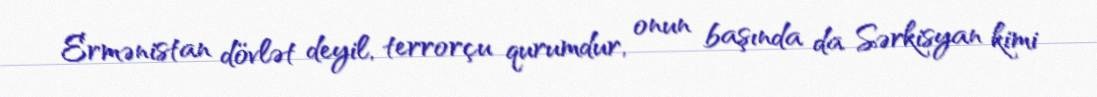
Ermənistan dövlət deyil, terrorçu qurumdur, onun başında da Sərkisyan kimi